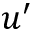
u ^ { \prime }